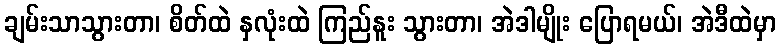
ချမ်းသာသွားတာ၊ စိတ်ထဲ နှလုံးထဲ ကြည်နူး သွားတာ၊ အဲဒါမျိုး ပြောရမယ်၊ အဲဒီထဲမှာ